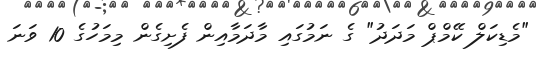
"މެޑިކަލް ކޭމްޕް މަދަދު" ގެ ނަމުގައި މާދަމާއިން ފެށިގެން މިމަހުގެ 10 ވަނަ